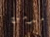
مدمن